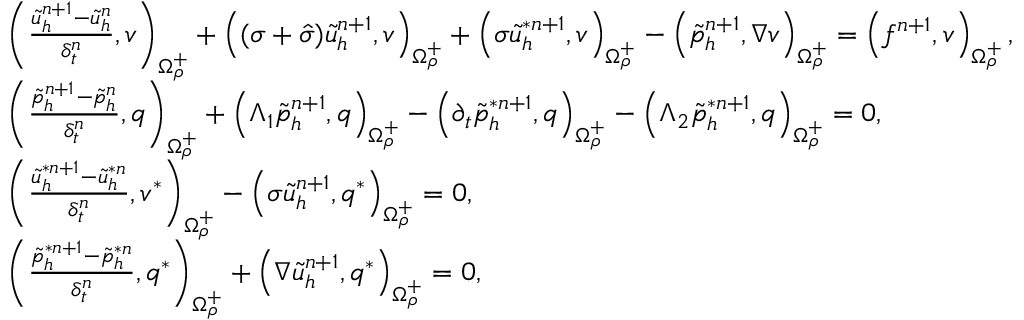
\begin{array} { r l } & { \left( \frac { \tilde { u } _ { h } ^ { n + 1 } - \tilde { u } _ { h } ^ { n } } { \delta _ { t } ^ { n } } , v \right) _ { \Omega _ { \rho } ^ { + } } + \left( ( \sigma + \hat { \sigma } ) \tilde { u } _ { h } ^ { n + 1 } , v \right) _ { \Omega _ { \rho } ^ { + } } + \left( \sigma \tilde { u } _ { h } ^ { * n + 1 } , v \right) _ { \Omega _ { \rho } ^ { + } } - \left( \tilde { p } _ { h } ^ { n + 1 } , \nabla v \right) _ { \Omega _ { \rho } ^ { + } } = \left( f ^ { n + 1 } , v \right) _ { \Omega _ { \rho } ^ { + } } , } \\ & { \left( \frac { \tilde { p } _ { h } ^ { n + 1 } - \tilde { p } _ { h } ^ { n } } { \delta _ { t } ^ { n } } , q \right) _ { \Omega _ { \rho } ^ { + } } + \left( \Lambda _ { 1 } \tilde { p } _ { h } ^ { n + 1 } , q \right) _ { \Omega _ { \rho } ^ { + } } - \left( \partial _ { t } \tilde { p } _ { h } ^ { * n + 1 } , q \right) _ { \Omega _ { \rho } ^ { + } } - \left( \Lambda _ { 2 } \tilde { p } _ { h } ^ { * n + 1 } , q \right) _ { \Omega _ { \rho } ^ { + } } = 0 , } \\ & { \left( \frac { \tilde { u } _ { h } ^ { * n + 1 } - \tilde { u } _ { h } ^ { * n } } { \delta _ { t } ^ { n } } , v ^ { * } \right) _ { \Omega _ { \rho } ^ { + } } - \left( \sigma \tilde { u } _ { h } ^ { n + 1 } , q ^ { * } \right) _ { \Omega _ { \rho } ^ { + } } = 0 , } \\ & { \left( \frac { \tilde { p } _ { h } ^ { * n + 1 } - \tilde { p } _ { h } ^ { * n } } { \delta _ { t } ^ { n } } , q ^ { * } \right) _ { \Omega _ { \rho } ^ { + } } + \left( \nabla \tilde { u } _ { h } ^ { n + 1 } , q ^ { * } \right) _ { \Omega _ { \rho } ^ { + } } = 0 , } \end{array}